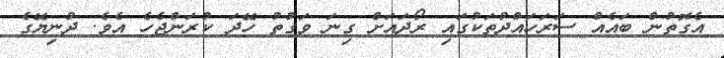
އެގޮތުން ބައެއް ސަރަހައްދުތަކުގައި ރޯދައަށް ގިނަ ވަގުތު ހޭދަ ކުރަންޖެހެ އެވެ. ދުނިޔޭގެ